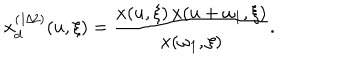
x _ { d } ^ { ( 1 / 2 ) } ( u , \xi ) = { \frac { x ( u , \xi ) \, x ( u + \omega _ { 1 } , \xi ) } { x ( \omega _ { 1 } , \xi ) } } .